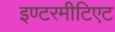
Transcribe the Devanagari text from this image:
इण्टरमीटिएट